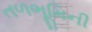
તળભૂમિની